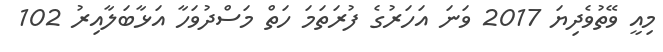
މިއީ ވޭތުވެދިޔަ 2017 ވަނަ އަހަރުގެ ފުރަތަމަ ހަތް މަސްދުވަހާ އަޅާބަލާއިރު 102